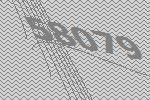
58079